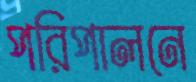
পরিপালনে